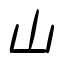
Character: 山